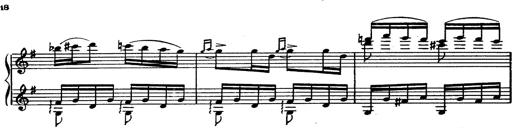
Title: Magyar rapszÃ³diÃ¡k
Composer: Franz Liszt